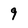
Character: 9